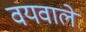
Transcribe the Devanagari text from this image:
वयवाले